Annual administration report of the Civil Veterinary Department of India - 1893-1894
Year: 1893
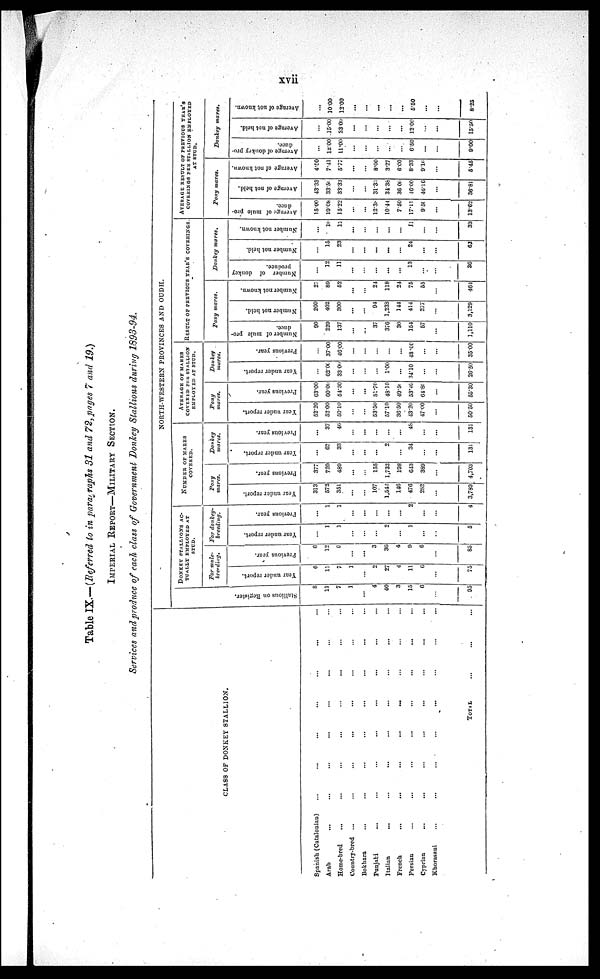
xvii
Table IX.—(Referred to in paragraphs 31 and 72, pages 7 and 19.)
IMPERIAL REPORT-MILITARY SECTION.
Services and produce of each class of Government Donkey Stallions during 1893-94.
CLASS OF DONKEY STALLION.
Spanish (Catalonian) ... ... ... ... ... ... ... ...
Arab ... ... ... ... ... ... ... ...
Home-bred ... ... ... ... ... ... ... ...
Country-bred ... ... ... ... ... ... ... ...
Bokhara ... ... ... ... ... ... ... ...
Punjabi ... ... ... ... ... ... ... ...
Italian ... ... ... ... ... ... ... ...
French ... ... ... ... ... ... ... ...
Persian ... ... ... ... ... ... ... ...
Cyprian ... ... ... ... ... ... ... ...
Khorasani ... ... ... ... ... ... ... ...
TOTAL ... ... ...
NORTH-WESTERN PROVINCES AND OUDH.
Stallions on Register.
8
11
7
1
...
4
40
3
15
6
...
95
DONKEY STALLIONS AC-
TUALLY EMPLOYED AT
STUD.
For mule-
breeding.
Year under report.
6
11
7
1
...
2
27
4
11
0
...
75
Previous year.
6
12
9
...
...
3
36
4
9
6
...
85
For donkey-
breeding.
Year under report.
...
1
1
...
...
...
2
...
1
...
...
5
Previous year.
...
1
1
...
...
...
...
...
2
...
...
4
NUMBER OF MARES
COVERED.
Pony
marcs.
Year under report.
313
572
351
...
...
107
1,542
146
476
282
...
3,789
Previous year.
377
720
489
...
...
155
1,732
198
643
389
...
4,703
Donkey
mares.
Year under report.
...
62
33
...
...
...
2
...
34
...
...
131
Previous year.
...
37
46
...
...
...
...
...
48
...
...
131
AVERAGE OF MARES
COVERED PER STALLION
EMPLOYED AT STUD.
Pony
mares.
Year under report.
52.20
52.00
50.10
...
...
53.50
57.10
36.50
43.20
47.00
...
50.50
Previous year.
63.00
60.00
54.30
...
...
51.70
48.10
49.50
53.40
64.80
...
55.30
Donkey
mares.
Year under report.
...
62.00
33.00
...
...
...
1.00
...
34.10
...
...
26.50
Previous year.
...
37.00
46.00
...
...
...
...
...
48.00
...
...
35.00
RESULT OF PREVIOUS YEAR'S COVERINGS
Pony mares.
Number of mule pro-
duce.
90
229
137
...
...
37
376
30
154
57
...
1,110
Number not held.
260
402
300
...
...
94
1,233
144
414
277
...
3,129
Number not known.
27
89
52
...
...
24
118
24
75
55
...
464
Donkey
mares.
Number of donkey
produce.
...
12
11
...
...
...
...
...
13
...
...
36
Number not held.
...
15
23
...
...
...
...
...
24
...
...
62
Number not known.
...
16
12
...
...
...
...
...
11
...
...
33
AVERAGE RESULT OF PREVIOUS YEAR'S
COVERINGS PER STALLION EMPLOYED
AT STUD.
Pony mares.
Average of mule pro-
duce.
15.00
19.08
15.22
...
...
12.38
10.44
7.50
17.11
9.50
...
13.62
Average of not held.
43.33
33.50
33.33
...
...
31.33
34.38
36.00
46.00
46.16
...
36.81
Average of not known.
4.50
7.41
5.77
...
...
8.00
3.27
6.00
8.33
9.16
...
5.45
Donkey
mares.
Average of donkey pro-
duce.
...
12.00
11.00
...
...
...
...
...
6.50
...
...
9.00
Average of not held.
...
15.00
23.00
...
...
...
...
...
12.00
...
...
15.50
Average of not known.
...
10.00
12.00
...
...
...
...
...
5.50
...
...
8.25